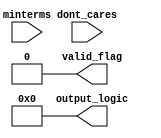
module essential_prime_implicants #(parameter WIDTH = 4, parameter NUM_MINTERMS = 16)(
    input [NUM_MINTERMS-1:0] minterms,
    input [NUM_MINTERMS-1:0] dont_cares,
    output reg [WIDTH-1:0] output_logic,
    output reg valid_flag
);

    // Internal signals
    reg [NUM_MINTERMS-1:0] prime_implicants;
    reg [NUM_MINTERMS-1:0] essential_prime_implicants;

    // Function to find prime implicants
    always @(*) begin
        // Initialize outputs
        output_logic = 0;
        valid_flag = 0;
        prime_implicants = 0;
        essential_prime_implicants = 0;

        // Step 1: Find prime implicants from the minterms
        // Placeholder for logic to determine prime implicants based on minterms and dont_cares
        // Implement the logic needed to find prime implicants here
        // ...

        // Step 2: Identify essential prime implicants
        // Placeholder for logic to analyze prime implicants and find essentials
        // Implement the logic needed to find essential prime implicants here
        // ...

        // Step 3: Generate output logic from essential prime implicants
        // Depending on the essential primes, calculate the output logic
        // ...
        
        // Check if output is valid (non-zero)
        if (output_logic != 0) begin
            valid_flag = 1;
        end
    end

endmodule